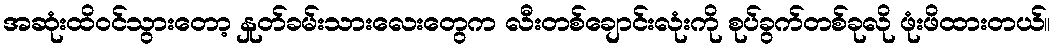
အဆုံးထိဝင်သွားတော့ နှုတ်ခမ်းသားလေးတွေက လီးတစ်ချောင်းလုံးကို စုပ်ခွက်တစ်ခုလို ဖုံးဖိထားတယ်။